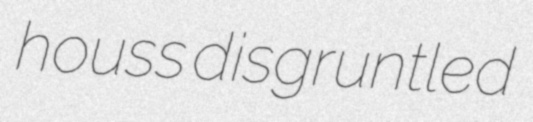
houss disgruntled